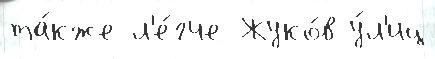
та́кже л'е́гче Жуко́в у́л'иц